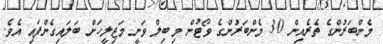
މެންބަރުންގެ ތެރެއިން 30 މެންބަރުންގެ ވޯޓުން މިބިލް ވަނީ މަޖިލީހަށް ބަލައިގެންފައި އެވެ.